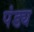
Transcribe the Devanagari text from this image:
पंड्य